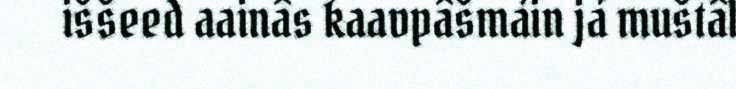
iššeed aainâs kaavpâšmáin já muštâl